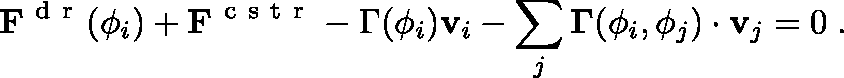
\mathbf { F } ^ { \mathrm { ~ d ~ r ~ } } ( \phi _ { i } ) + \mathbf { F } ^ { \mathrm { ~ c ~ s ~ t ~ r ~ } } - \Gamma ( \phi _ { i } ) \mathbf { v } _ { i } - \sum _ { j } \mathbf { \Gamma } ( \phi _ { i } , \phi _ { j } ) \cdot \mathbf { v } _ { j } = 0 \; .